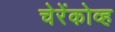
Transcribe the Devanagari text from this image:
चेरेंकोव्ह